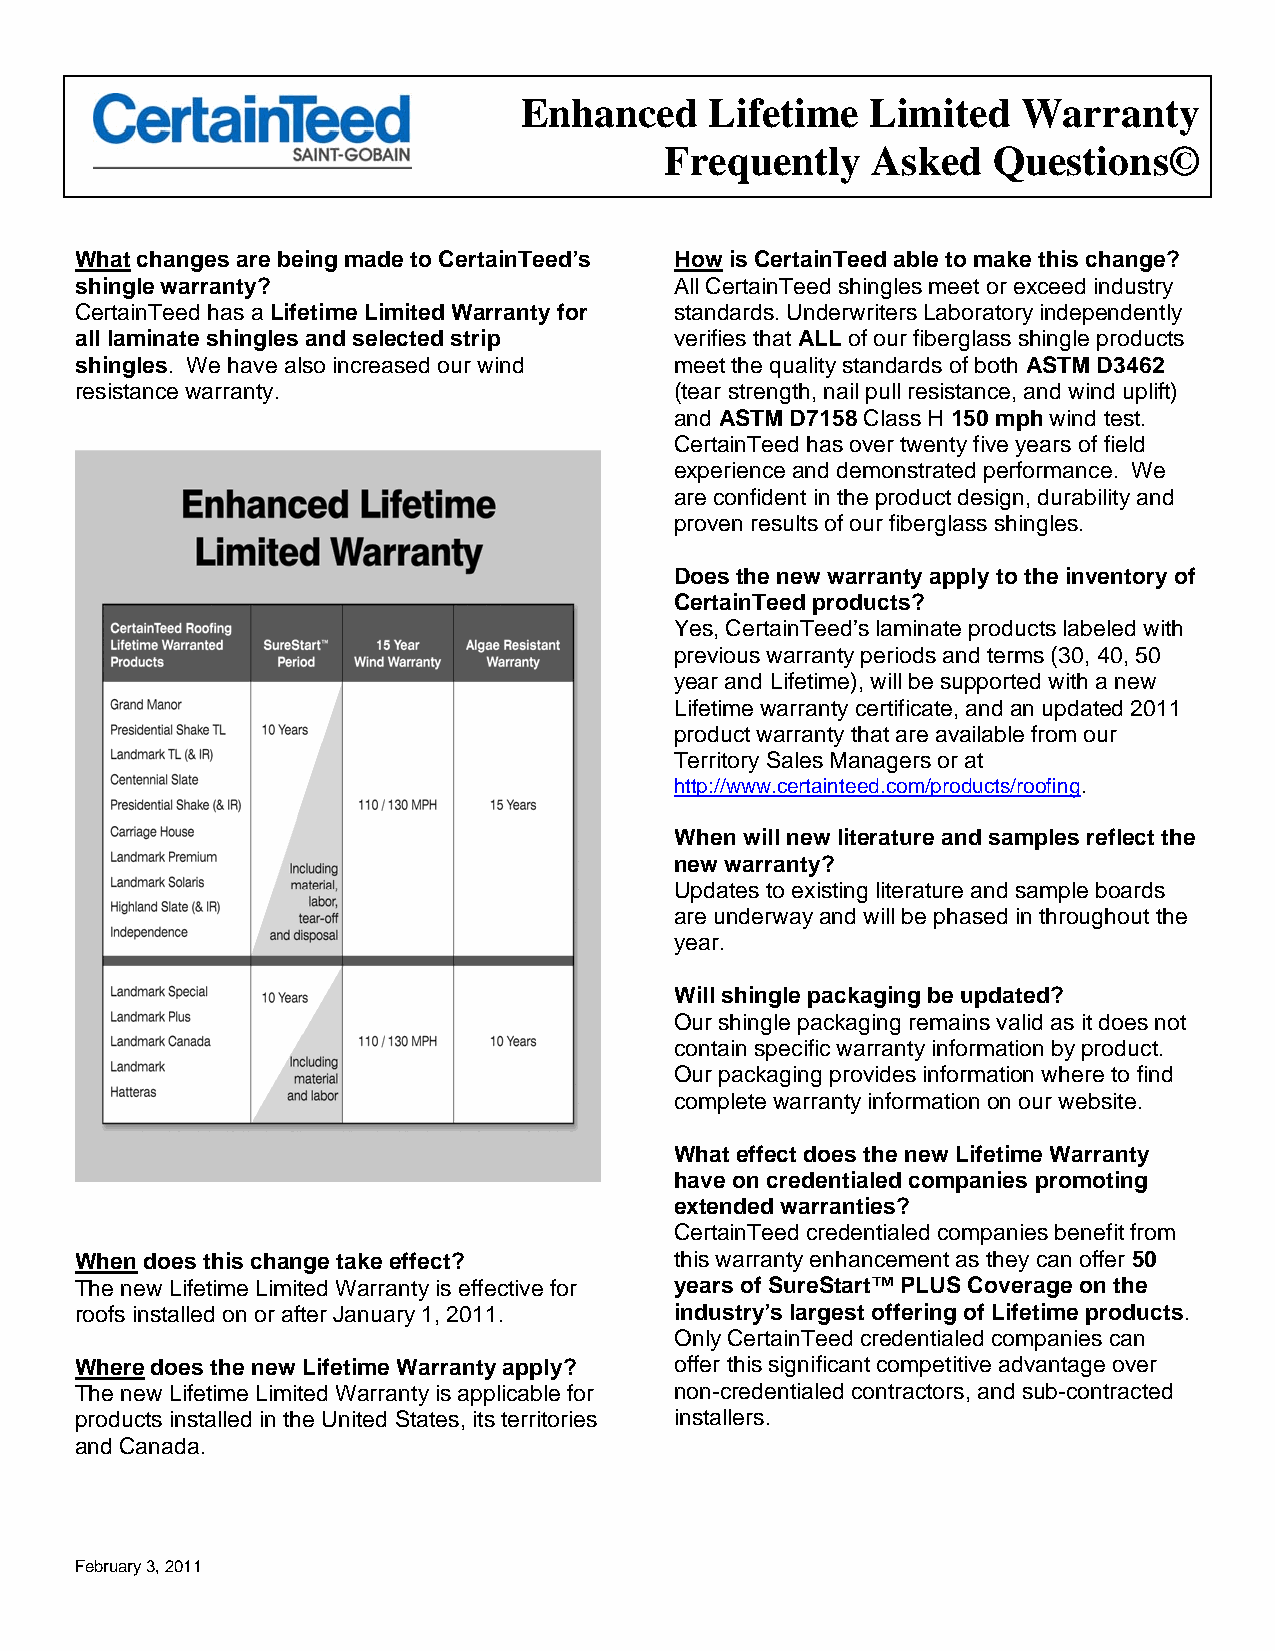
Enhanced     Lifetime   Limited   Warranty
 Frequently    Asked   Questions©
 What changes are being made to CertainTeed’s How is CertainTeed able to make this change?
 shingle warranty?                       All CertainTeed shingles meet or exceed industry
 CertainTeed has a Lifetime Limited Warranty for standards. Underwriters Laboratory independently
 all laminate shingles and selected strip verifies that ALL of our fiberglass shingle products
 shingles. We have also increased our wind meet the quality standards of both ASTM D3462
 resistance warranty.                    (tear strength, nail pull resistance, and wind uplift)
 and ASTM D7158 Class H 150 mph wind test.
 CertainTeed has over twenty five years of field
 experience and demonstrated performance. We
 are confident in the product design, durability and
 proven results of our fiberglass shingles.
 Does the new warranty apply to the inventory of
 CertainTeed products?
 Yes, CertainTeed’s laminate products labeled with
 previous warranty periods and terms (30, 40, 50
 year and Lifetime), will be supported with a new
 Lifetime warranty certificate, and an updated 2011
 product warranty that are available from our
 Territory Sales Managers or at
 http://www.certainteed.com/products/roofing.
 When will new literature and samples reflect the
 new warranty?
 Updates to existing literature and sample boards
 are underway and will be phased in throughout the
 year.
 Will shingle packaging be updated?
 Our shingle packaging remains valid as it does not
 contain specific warranty information by product.
 Our packaging provides information where to find
 complete warranty information on our website.
 What effect does the new Lifetime Warranty
 have on credentialed companies promoting
 extended warranties?
 CertainTeed credentialed companies benefit from
 When does this change take effect?      this warranty enhancement as they can offer 50
 The new Lifetime Limited Warranty is effective for years of SureStart™ PLUS Coverage on the
 roofs installed on or after January 1, 2011. industry’s largest offering of Lifetime products.
 Only CertainTeed credentialed companies can
 Where does the new Lifetime Warranty apply? offer this significant competitive advantage over
 The new Lifetime Limited Warranty is applicable for non-credentialed contractors, and sub-contracted
 products installed in the United States, its territories installers.
 and Canada.
 February 3, 2011